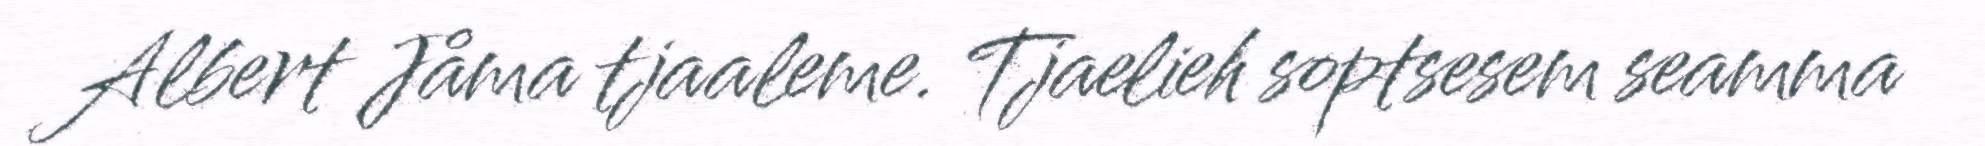
Albert Jåma tjaaleme. Tjaelieh soptsesem seamma